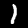
Digit: 1